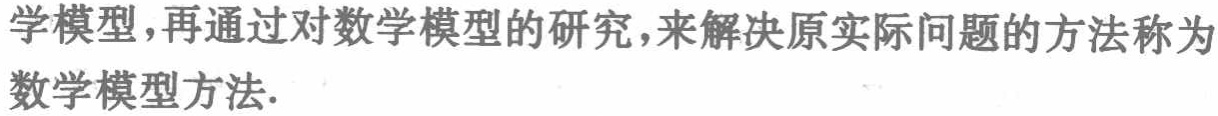
学模型，再通过对数学模型的研究，来解决原实际问题的方法称为数学模型方法.